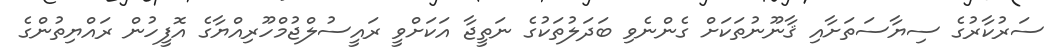
ސަރުކާރުގެ ސިޔާސަތަށާއި ޤާނޫނުތަކަށް ގެންނެވި ބަދަލުތަކުގެ ނަތީޖާ އަކަށްވީ ރައީސުލްޖުމްހޫރިއްޔާގެ އޮފީހުން ރައްޔިތުންގެ